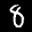
Label: 8